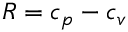
R = c _ { p } - c _ { v }